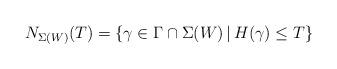
LaTeX: \begin{align*}N_{\Sigma(W)}(T)= \left\{ \gamma\in \Gamma \cap \Sigma(W) \mathop{|} H(\gamma)\leq T \right\}\end{align*}